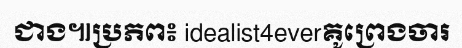
ជាង៕ប្រភព៖ idealist4everគូព្រេងចារ